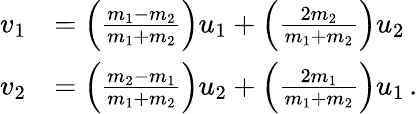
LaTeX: {\begin{array}{rl}{v_{1}}&{=\left({\frac{m_{1}-m_{2}}{m_{1}+m_{2}}}\right)u_{1}+\left({\frac{2m_{2}}{m_{1}+m_{2}}}\right)u_{2}}\\ {v_{2}}&{=\left({\frac{m_{2}-m_{1}}{m_{1}+m_{2}}}\right)u_{2}+\left({\frac{2m_{1}}{m_{1}+m_{2}}}\right)u_{1}\, .}\end{array}}